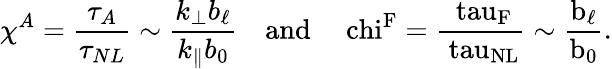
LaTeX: \chi^{A}=\frac{\tau_{A}}{\tau_{NL}}\sim\frac{k_{\perp}b_{\ell}}{k_{\parallel}b_{0}}\quad\mathrm{{and}\quad\ chi^{F}=\frac{\ tau_{F}}{\ tau_{NL}}\sim\frac{b_{\ell}}{b_{0}}.}